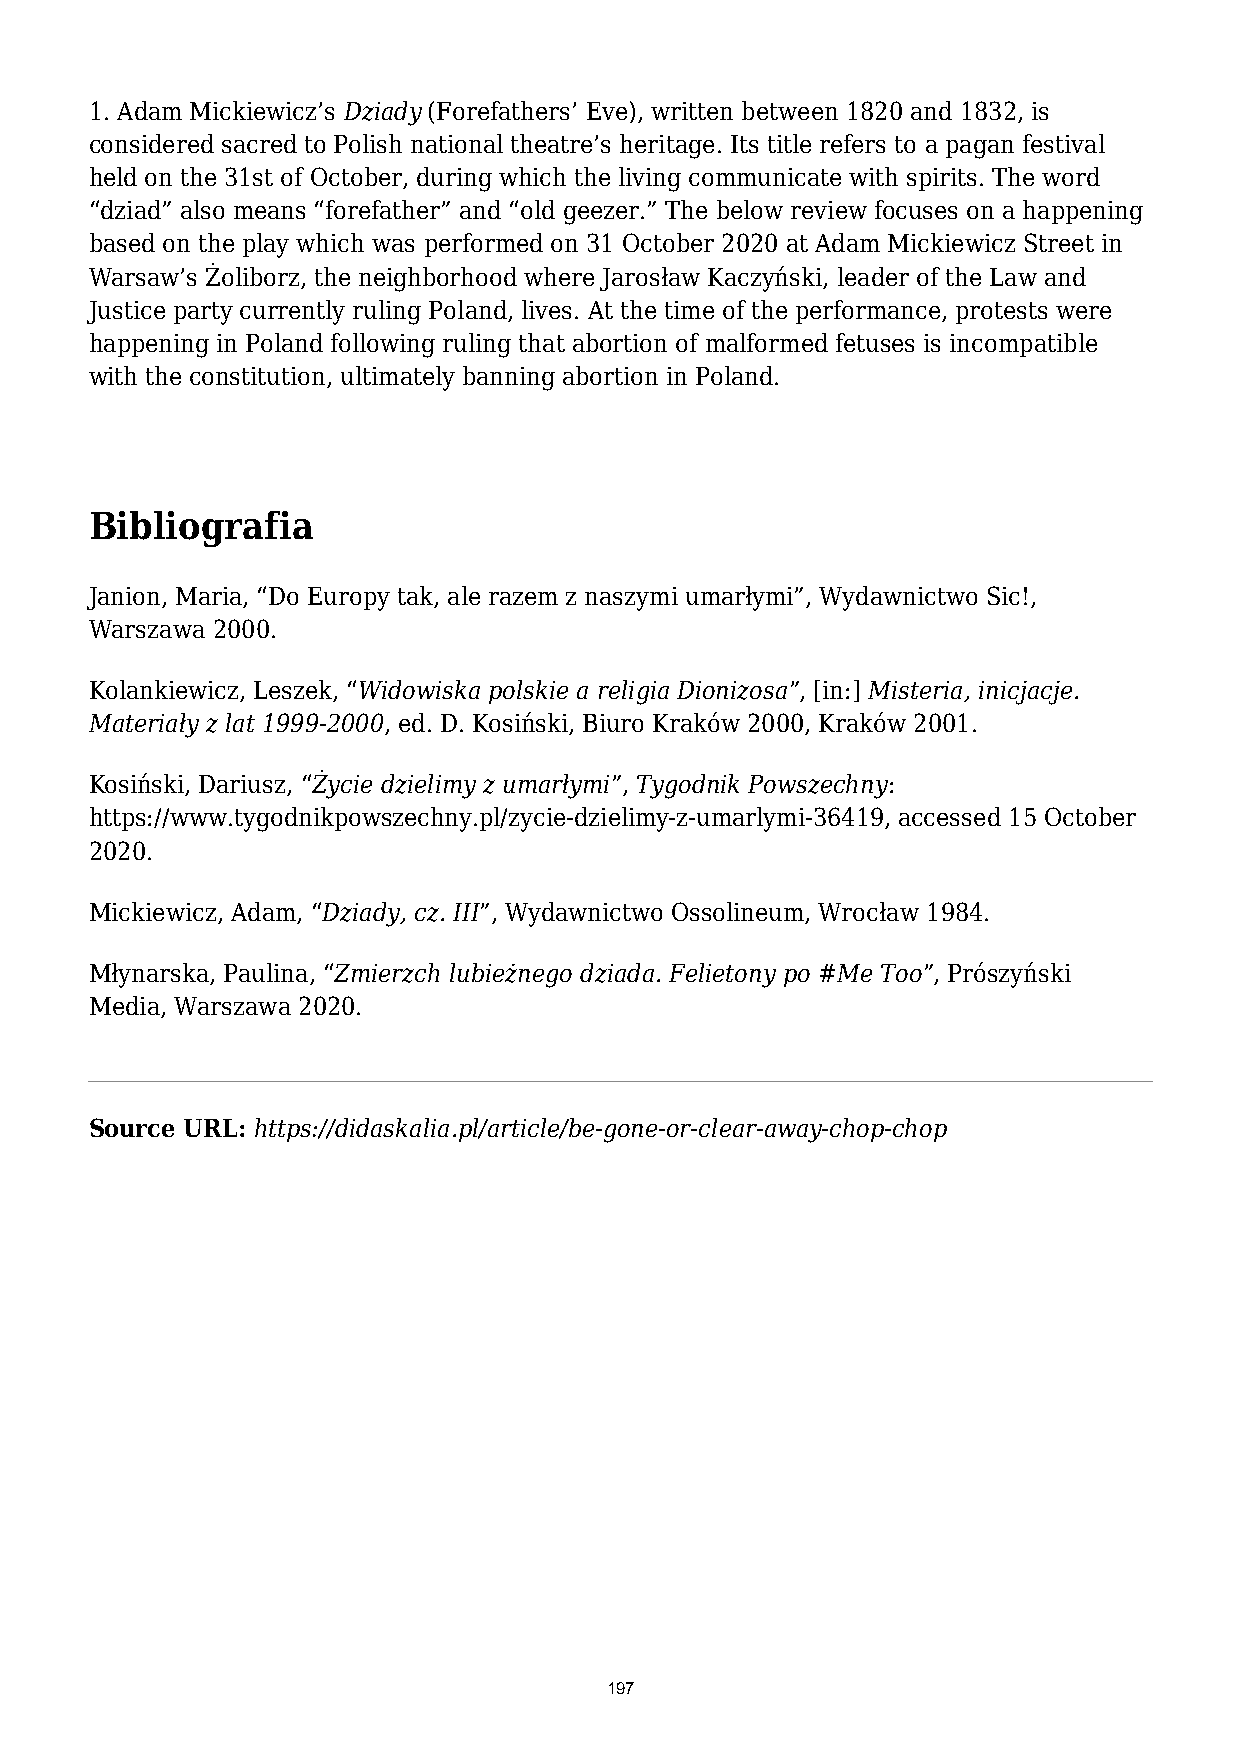
1. Adam Mickiewicz’s Dziady (Forefathers’ Eve), written between 1820 and 1832, is
 considered sacred to Polish national theatre’s heritage. Its title refers to a pagan festival
 held on the 31st of October, during which the living communicate with spirits. The word
 “dziad” also means “forefather” and “old geezer.” The below review focuses on a happening
 based on the play which was performed on 31 October 2020 at Adam Mickiewicz Street in
 Warsaw’s Żoliborz, the neighborhood where Jarosław Kaczyński, leader of the Law and
 Justice party currently ruling Poland, lives. At the time of the performance, protests were
 happening in Poland following ruling that abortion of malformed fetuses is incompatible
 with the constitution, ultimately banning abortion in Poland.
 Bibliografia
 Janion, Maria, “Do Europy tak, ale razem z naszymi umarłymi”, Wydawnictwo Sic!,
 Warszawa 2000.
 Kolankiewicz, Leszek, “Widowiska polskie a religia Dionizosa”, [in:] Misteria, inicjacje.
 Materiały z lat 1999-2000, ed. D. Kosiński, Biuro Kraków 2000, Kraków 2001.
 Kosiński, Dariusz, “Życie dzielimy z umarłymi”, Tygodnik Powszechny:
 https://www.tygodnikpowszechny.pl/zycie-dzielimy-z-umarlymi-36419, accessed 15 October
 2020.
 Mickiewicz, Adam, “Dziady, cz. III”, Wydawnictwo Ossolineum, Wrocław 1984.
 Młynarska, Paulina, “Zmierzch lubieżnego dziada. Felietony po #Me Too”, Prószyński
 Media, Warszawa 2020.
 Source URL: https://didaskalia.pl/article/be-gone-or-clear-away-chop-chop
 197